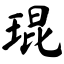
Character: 琨